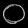
Digit: ၀